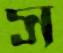
স